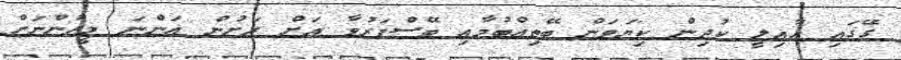
ގޭގައި އާއިލީ ކުދިން ކިޔަވަން ބޭތިއްބުމާއި ބޭސްފަރުވާ އަށް ރަށުން އަންނަ މީހުންނަށް